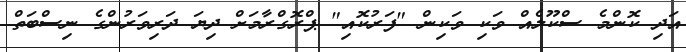
އަދި ކޮންމެ ސްކޫލެއް ވަކި ވަކިން "ފަރުކޮއި" ޕްރޮގްރާމަށް ދިޔަ ދަރިވަރުންގެ ނިސްބަތް